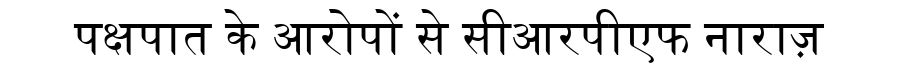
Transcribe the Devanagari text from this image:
पक्षपात के आरोपों से सीआरपीएफ नाराज़